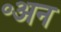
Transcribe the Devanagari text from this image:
॰अन